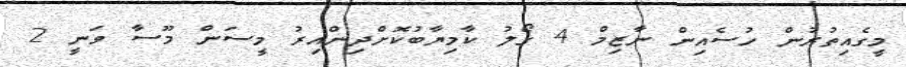
މީގެއިތުރުން ހުސެއިން ނާޒިމް 4 ގޯލު ކާމިޔާބުކޮށްދިންއިރު މީސަން މޫސާ ވަނީ 2